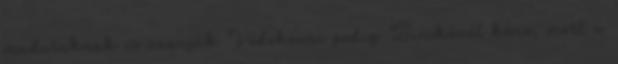
madaraknak is üzenjük Védekezni pedig Bicskénél kéne, mert a